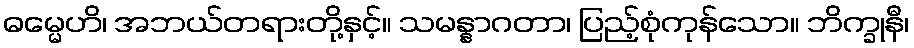
ဓမ္မေဟိ၊ အဘယ်တရားတို့နှင့်။ သမန္နာဂတာ၊ ပြည့်စုံကုန်သော။ ဘိက္ခုနီ၊